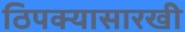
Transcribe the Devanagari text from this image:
ठिपक्यासारखी